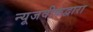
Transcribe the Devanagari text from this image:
न्यूजवीकद्वारा